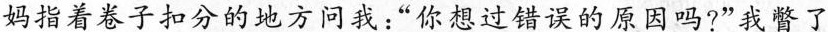
妈指着卷子扣分的地方问我：”你想过错误的原因吗?”我瞥了